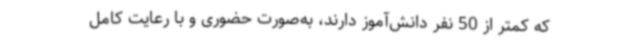
که کمتر از 50 نفر دانش‌آموز دارند، به‌صورت حضوری و با رعایت کامل